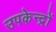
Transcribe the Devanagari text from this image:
उपकेन्द्रों